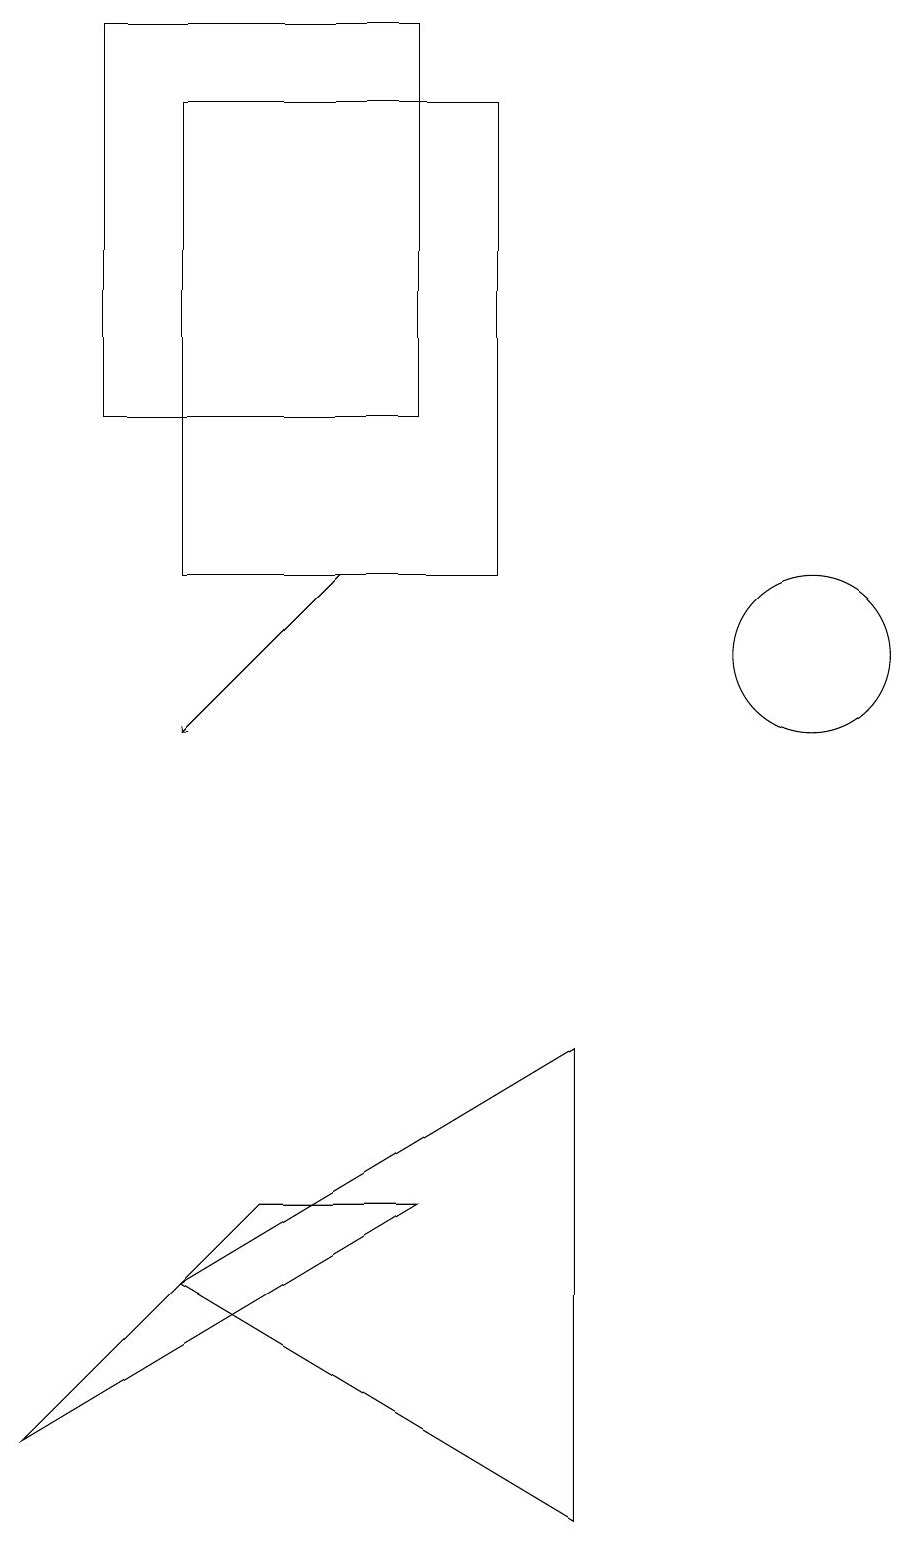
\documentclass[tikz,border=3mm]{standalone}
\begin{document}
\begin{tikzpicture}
\draw (8,12) rectangle (4,18);
\draw[->] (6,12) -- (4,10);
\draw (7,14) rectangle (3,19);
\draw (12,11) circle (1);
\draw (9,0) -- (4,3) -- (9,6) -- cycle;
\draw (7,4) -- (5,4) -- (2,1) -- cycle;
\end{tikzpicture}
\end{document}